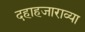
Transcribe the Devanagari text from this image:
दहाहजाराव्या